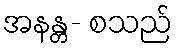
အနန္တ- စသည်